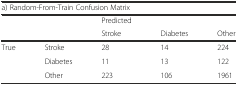
| <COLSPAN=5> a) Random-From-Train Confusion Matrix |
 |  |  | Predicted |  |  |
 |  |  | Stroke | Diabetes | Other |
 | --- | --- | --- | --- | --- |
 | True | Stroke | 28 | 14 | 224 |
 |  | Diabetes | 11 | 13 | 122 |
 |  | Other | 223 | 106 | 1961 |